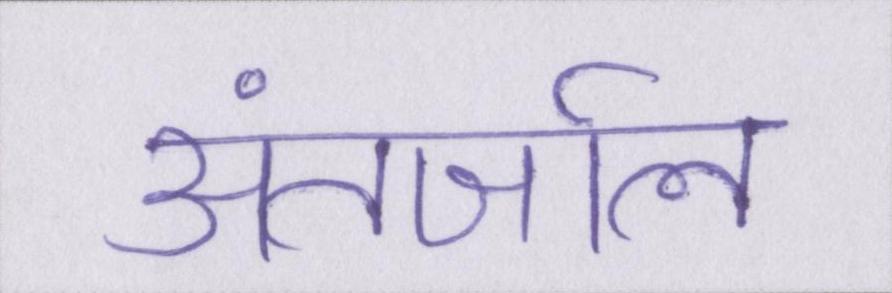
अंतर्जाल